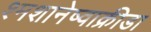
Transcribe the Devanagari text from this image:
श्मशानेष्वाक्रीडा